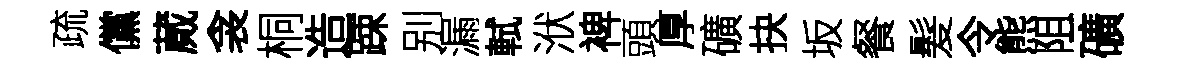
疏儻蕆衾桐造踈别漏軾洑裨頭厚礦抉坂餐髮令熊阻礦